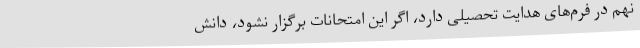
نهم در فرم‌های هدایت تحصیلی دارد، اگر این امتحانات برگزار نشود، دانش